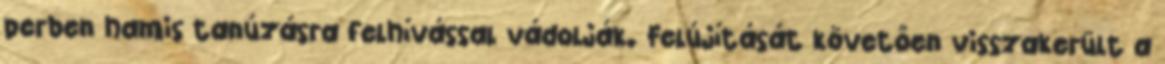
perben hamis tanúzásra felhívással vádolják. Felújítását követően visszakerült a